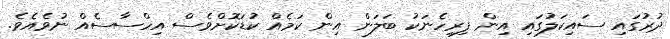
ދުރުގައި ސައިކަލުގައި އިން ފިރިހެނަކު ބަލަން އިން ކަމެއް ކުޑަކޮށްވެސް އިހްސާސެއް ނުވެއެވެ.